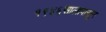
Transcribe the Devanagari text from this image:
१९४६सालापासून